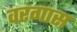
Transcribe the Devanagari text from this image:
वरगास